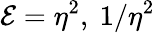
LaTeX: \mathcal{E}=\eta^{2},~1/\eta^{2}